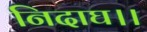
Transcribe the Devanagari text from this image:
निदाघ।।